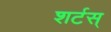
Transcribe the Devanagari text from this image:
शर्टस्